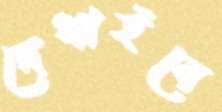
দেখাইবে